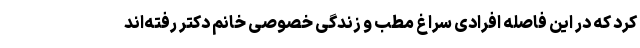
کرد که در این فاصله افرادی سراغ مطب و زندگی خصوصی خانم دکتر رفته‌اند